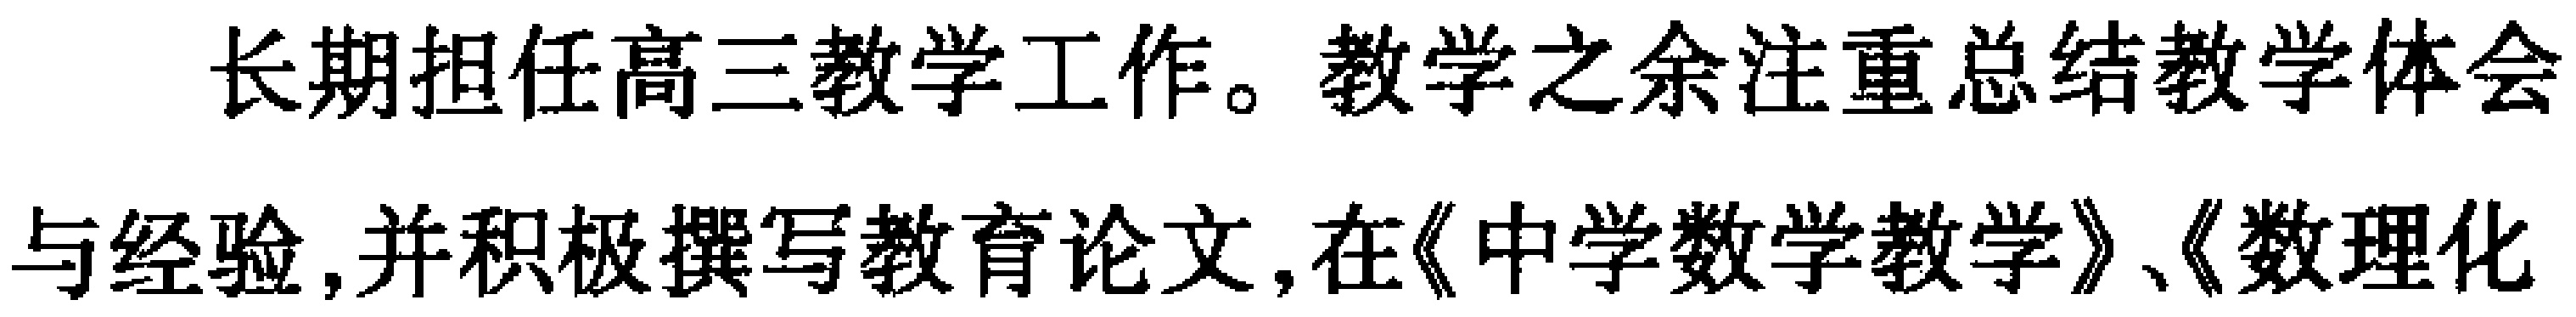
长期担任高三教学工作。教学之余注重总结教学体会与经验,并积极撰写教育论文,在《中学数学教学》、《数理化